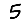
Digit: 5